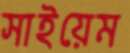
সাইয়েম